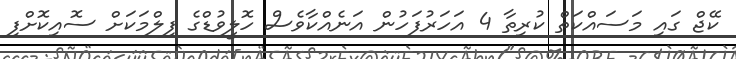
ކޭޖް ގައި މަސައްކަތް ކުރިތާ 4 އަހަރުފަހުން އަނެއްކާވެސް ހޮލީވުޑްގެ ފިލްމަކަށް ސޮއިކޮށްފި